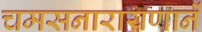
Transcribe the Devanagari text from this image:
चमसनारायणानें